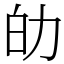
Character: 劰